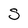
Character: S